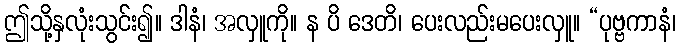
ဤသို့နှလုံးသွင်း၍။ ဒါနံ၊ အလှူကို။ န ပိ ဒေတိ၊ ပေးလည်းမပေးလှူ။ “ပုဗ္ဗကာနံ၊